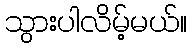
သွားပါလိမ့်မယ်။